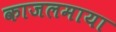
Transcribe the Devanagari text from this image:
काजलमाया